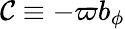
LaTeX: {\mathcal{C}}\equiv-\varpi b_{\phi}